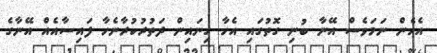
އެހެން ނަމަވެސް އޭނާ ބުނި ގޮތުގައި އެހާ ގިނައިން ދަތުރުކުރާނެހާ ފައިސާއެއް އޭނާގެ